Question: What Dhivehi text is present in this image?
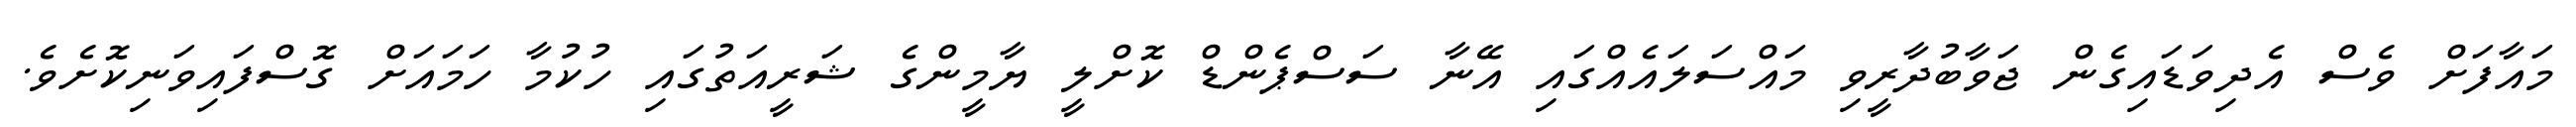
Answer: މައާފަށް ވެސް އެދިވަޑައިގެން ޖަވާބުދާރީވި މައްސަލައެއްގައި އޭނާ ސަސްޕެންޑް ކޮށްލީ ޔާމީންގެ ޝަރީއަތުގައި ހުކުމާ ހަމައަށް ގޮސްފައިވަނިކޮށެވެ.